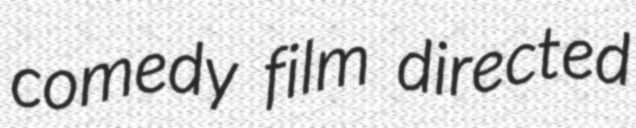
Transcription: comedy film directed